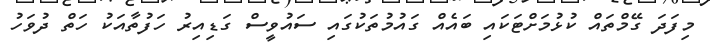
މިފަދަ ގޭމްތައް ކުޅުމަށްޓަކައި ބައެއް ގައުމުތަކުގައި ސައުވީސް ގަޑިއިރު ހަފުތާއަކު ހަތް ދުވަހު